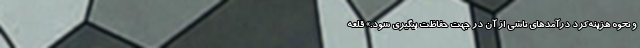
و نحوه هزینه‌کرد درآمدهای ناشی از آن در جهت حفاظت پیگیری شود.» قلعه